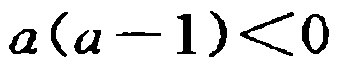
\(a(a - 1)<0\)